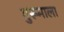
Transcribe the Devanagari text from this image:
गुरूमाला